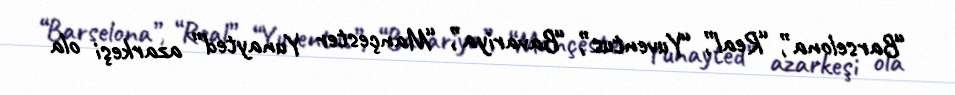
“Barselona”, “Real”, “Yuventus”, “Bavariya”, “Mançester Yunayted” azarkeşi ola